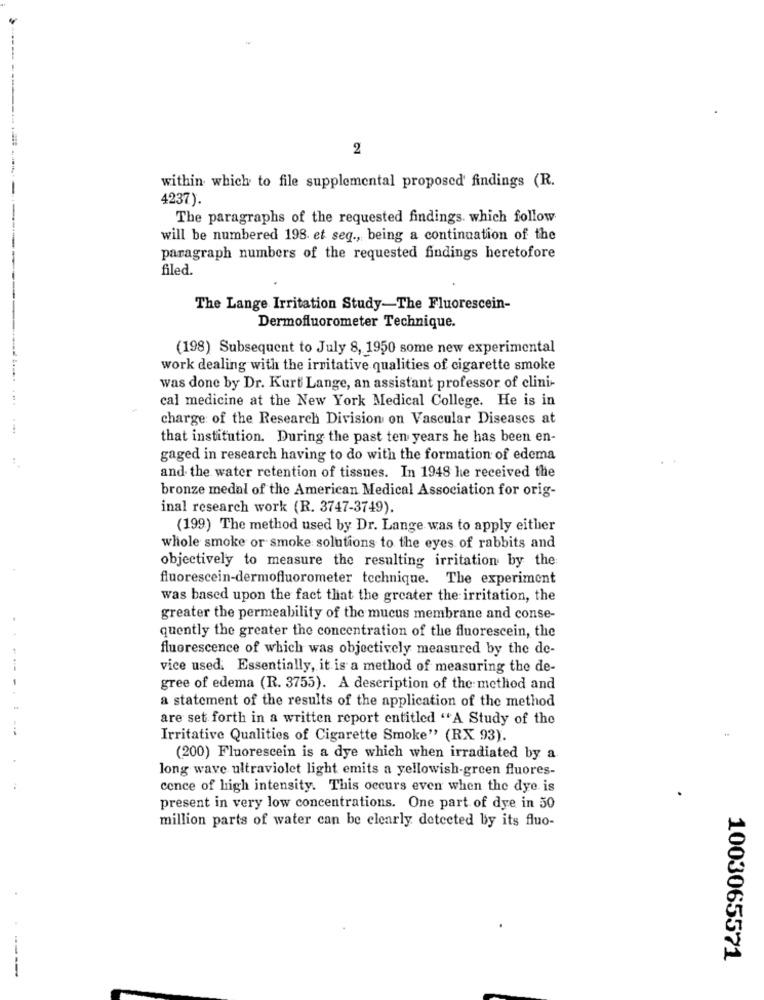
2
within which to file supplemental proposed findings (R.
4237).
The paragraphs of the requested findings. which follow
will be numbered 198 et seq ., being a continuation of the
paragraph numbers of the requested findings heretofore
filed.
The Lange Irritation Study-The Fluorescein-
Dermofluorometer Technique.
(198) Subsequent to July 8, 1950 some new experimental
work dealing with the irritative qualities of cigarette smoke
was done by Dr. Kurt Lange, an assistant professor of clini-
cal medicine at the New York Medical College. He is in
charge of the Research Division on Vascular Diseases at
that institution. During the past ten years he has been en-
gaged in research having to do with the formation of edema
and the water retention of tissues. In 1948 he received the
bronze medal of the American Medical Association for orig-
inal research work (R. 3747-3749).
(199) The method used by Dr. Lange was to apply either
whole smoke or smoke solutions to the eyes of rabbits and
objectively to measure the resulting irritation by the
fluorescein-dermofluorometer technique. The experiment
was based upon the fact that the greater the irritation, the
greater the permeability of the mucus membrane and conse-
. .
quently the greater the concentration of the fluorescein, the
fluorescence of which was objectively measured by the de-
vice used. Essentially, it is a method of measuring the de-
gree of edema (R. 3755). A description of the method and
a statement of the results of the application of the method
are set forth in a written report entitled "A Study of the
Irritative Qualities of Cigarette Smoke" (RX 93).
(200) Fluorescein is a dye which when irradiated by a
long wave ultraviolet light emits a yellowish-green fluores-
cence of high intensity. This occurs even when the dye is
present in very low concentrations. One part of dye in 50
million parts of water can be clearly detected by its fluo-
1003065571
-----